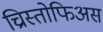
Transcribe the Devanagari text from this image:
च्रिस्तोफिअस